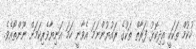
ހުކުމް ތަކަކީ އިދިކޮޅު ފަރާތް ތަކުގެ ރައުޔުންނަމަ އެވާނީ ހަމަ އަނިޔާވެރިކަމަށް ނޫންތޯއެވެ.